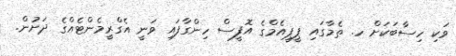
ވަކި ހިސާބަކަށް ހ. ތެމާގައި ޕީޕީއެމްގެ އޮފީސް ހިންގާފައި ވަނީ އެގްރީމެންޓެއްގެ ދަށުން.